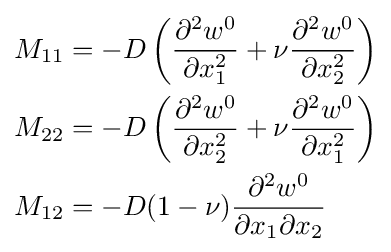
{\begin{aligned}M_{11}&=-D\left({\frac {\partial ^{2}w^{0}}{\partial x_{1}^{2}}}+\nu {\frac {\partial ^{2}w^{0}}{\partial x_{2}^{2}}}\right)\\M_{22}&=-D\left({\frac {\partial ^{2}w^{0}}{\partial x_{2}^{2}}}+\nu {\frac {\partial ^{2}w^{0}}{\partial x_{1}^{2}}}\right)\\M_{12}&=-D(1-\nu ){\frac {\partial ^{2}w^{0}}{\partial x_{1}\partial x_{2}}}\end{aligned}}